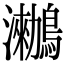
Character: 𪆵